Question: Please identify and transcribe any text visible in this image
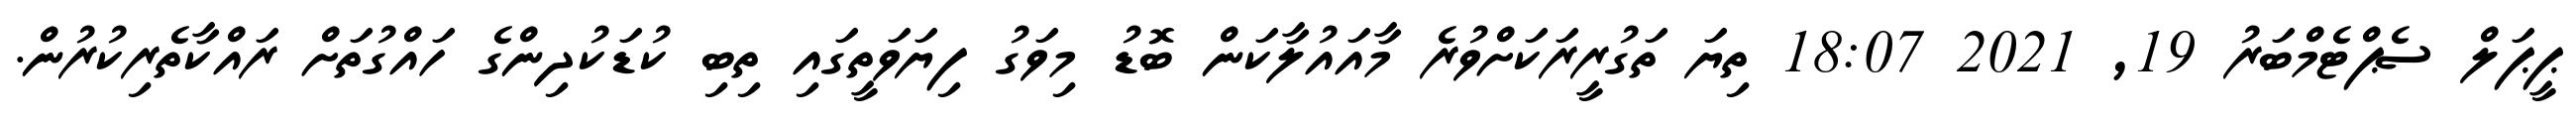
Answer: ޕީޕަލް ސެޕްޓެމްބަރު 19, 2021 18:07 ތިޔަ ތަގުރީރަކަށްވުރެ މާއައުލާކަން ބޮޑު މިވަގު ފިޔަވަތީގައި ތިބި ކުޑަކުދިންގެ ހައްގުތަށް ރައްކާތެރިކުރުން.